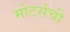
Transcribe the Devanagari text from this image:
मोटर्सची